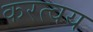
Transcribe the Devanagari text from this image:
करत्वय